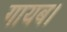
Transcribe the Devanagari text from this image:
गायब।